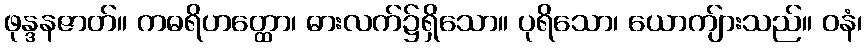
ဖုန္ဒနဇာတ်။ ကဓရိဟတ္ထော၊ ဓားလက်၌ရှိသော။ ပုရိသော၊ ယောကျ်ားသည်။ ဝနံ၊